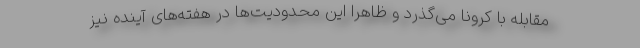
مقابله با کرونا می‌گذرد و ظاهرا این محدودیت‌ها در هفته‌های آینده نیز